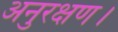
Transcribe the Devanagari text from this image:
अनुरक्षण।